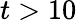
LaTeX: t>10